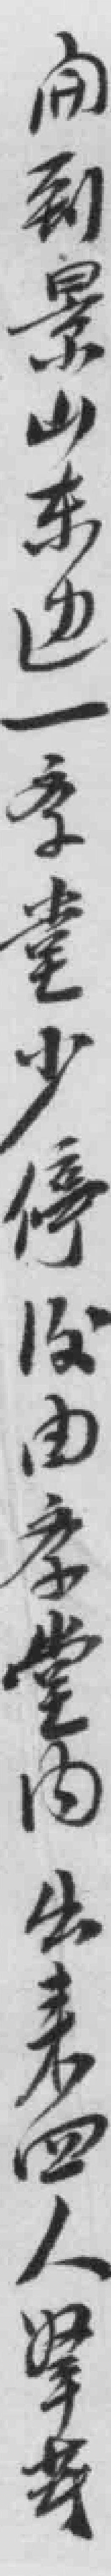
開到景山东边一学堂*由学堂内出来四人拏*